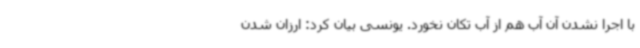
با اجرا نشدن آن آب هم از آب تکان نخورد. یونسی بیان کرد: ارزان شدن